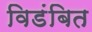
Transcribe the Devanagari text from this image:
विडंबित